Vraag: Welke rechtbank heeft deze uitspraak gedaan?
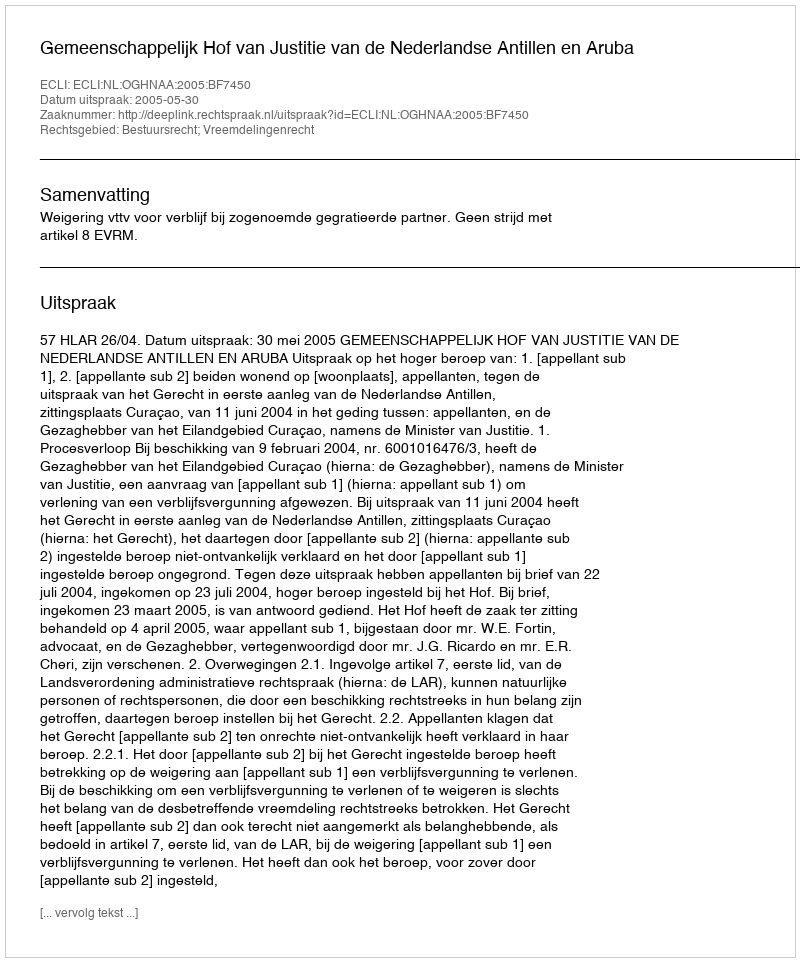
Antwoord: Gemeenschappelijk Hof van Justitie van de Nederlandse Antillen en Aruba